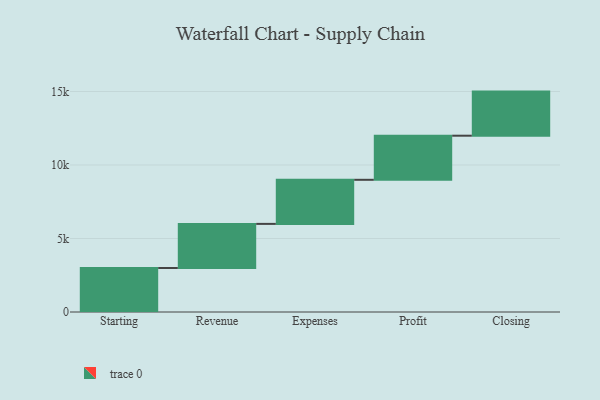
{"axis": {"x": "Step", "y": "Value"}, "legend": [""], "data": [{"x": "Starting", "y": 2994.0, "type": ""}, {"x": "Revenue", "y": 3000, "type": ""}, {"x": "Expenses", "y": 3000, "type": ""}, {"x": "Profit", "y": 3000, "type": ""}, {"x": "Closing", "y": 3000, "type": ""}]}